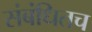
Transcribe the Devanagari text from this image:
संबंधितच